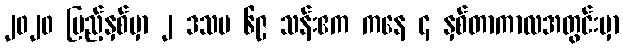
၂၀၂၀ ပြည့်နှစ်မှာ ၂ ဒသမ ၆၉ သန်းဧက ကနေ ၄ နှစ်တာကာလအတွင်းမှာ